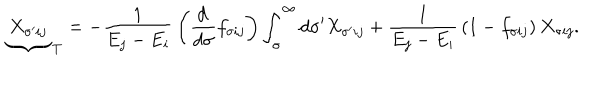
LaTeX: { \underbrace { \ X _ { \sigma ^ { \prime } i j } \ } } _ { T } = - { \frac { 1 } { E _ { j } - E _ { i } } } \left( { \frac { d \, } { d \sigma } } f _ { \sigma i j } \right) \int _ { \sigma } ^ { \infty } d \sigma ^ { \prime } X _ { \sigma ^ { \prime } i j } + { \frac { 1 } { E _ { j } - E _ { i } } } \left( 1 - f _ { \sigma i j } \right) X _ { \sigma i j } .